Vaccination in Bombay 1869-1873 - 1869-1873
Year: 1869
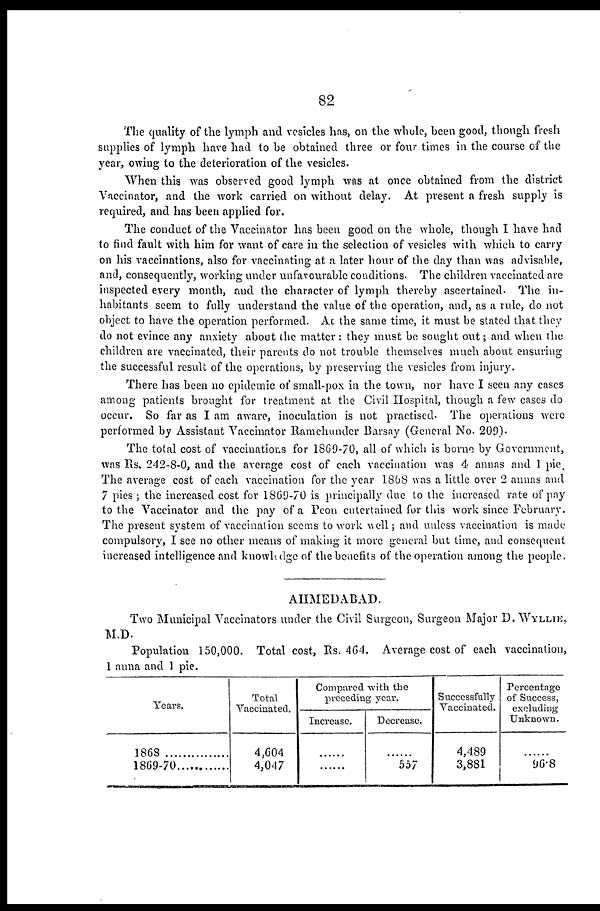
82
The quality of the lymph and vesicles has, on the whole, been good, though fresh
supplies of lymph have had to be obtained three or four times in the course of the
year, owing to the deterioration of the vesicles.
When this was observed good lymph was at once obtained from the district
Vaccinator, and the work carried on without delay. At present a fresh supply is
required, and has been applied for.
The conduct of the Vaccinator has been good on the whole, though I have had
to find fault with him for want of care in the selection of vesicles with which to carry
on his vaccinations, also for vaccinating at a later hour of the day than was advisable,
and, consequently, working under unfavourable conditions. The children vaccinated are
inspected every month, and the character of lymph thereby ascertained. The in-
habitants seem to fully understand the value of the operation, and, as a rule, do not
object to have the operation performed. As the same time, it must be stated that they
do not evince any anxiety about the matter : they must be sought out; and when the
children are vaccinated, their parents do not trouble themselves much about ensuring
the successful result of the operations, by preserving the vesicles from injury.
There has been no epidemic of small-pox in the town, nor have I seen any cases
among patients brought for treatment at the Civil Hospital, though a few cases do
occur. So far as I am aware, inoculation is not practised. The operations were
performed by Assistant Vaccinator Ramchunder Barsay (General No. 209).
The total cost of vaccinations for 1869-70, all of which is borne by Government,
was Rs. 242-8-0, and the average cost of each vaccination was 4 annas and 1 pie.
The average cost of each vaccination for the year 1868 was a little over 2 annas and
7 pies ; the increased cost for 1869-70 is principally due to the increased rate of pay
to the Vaccinator and the pay of a Peon entertained for this work since February.
The present system of vaccination seems to work well; and unless vaccination is made
compulsory, I see no other means of making it more general but time, and consequent
increased intelligence and knowledge of the benefits of the operation among the people.
AHMEDABAD.
Two Municipal Vaccinators under the Civil Surgeon, Surgeon Major D. WYLLIE,
M.D.
Population 150,000. Total cost, Rs. 464. Average cost of each vaccination,
1 anna and 1 pie.
Years.
1868
...............
1869-70.........
Total
Vaccinated.
4,604
4,047
Compared with the
preceding year.
Increase.
......
......
Decrease.
......
557
Successfully
Vaccinated.
4,489
3,881
Percentage
of Success,
excluding
Unknown.
......
96.8